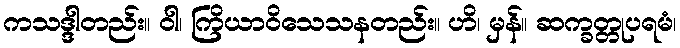
ကသဒ္ဒါတည်း။ ဝါ၊ ကြိယာဝိသေသနတည်း။ ဟိ၊ မှန်။ ဆက္ခတ္တုပရမံ၊